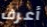
أعرف